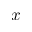
x